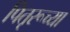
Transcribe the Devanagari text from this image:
पितृरूच्या